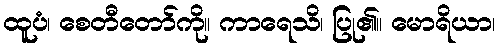
ထူပံ၊ စေတီတော်ကို။ ကာရေသိ၊ ပြု၏။ မောရိယာ၊